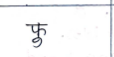
मजकूर: फु